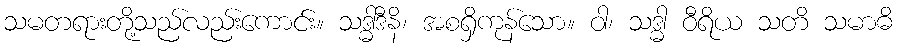
သမတရားတို့သည်လည်းကောင်း။ သဒ္ဓါဒီနိ၊ အစရှိကုန်သော။ ဝါ၊ သဒ္ဓါ ဝီရိယ သတိ သမာဓိ